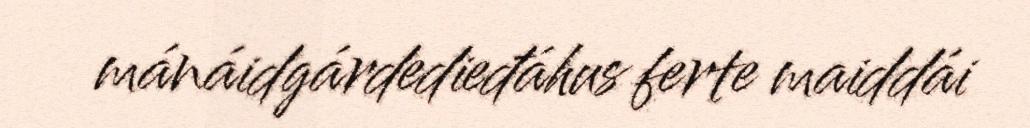
mánáidgárdedieđáhus ferte maiddái